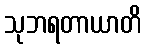
သုဘရတာယာတိ